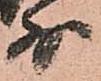
少